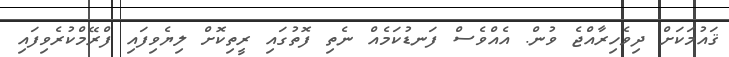
ޤައުމަކަށް ދިވެހިރާއްޖެ ވުން. އެއްވެސް ފަނޑުކަމެއް ނެތި ފޮތުގައި ރީތިކޮށް ލިޔެވިފައި ފްރޭމްކުރެވިފައި